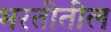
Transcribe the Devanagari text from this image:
भरतीतील